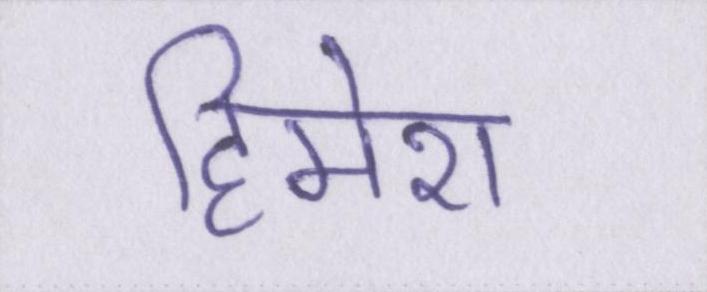
हिमेश